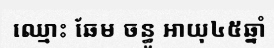
ឈ្មោះ ឆែម ចន្ធូ អាយុ៤៥ឆ្នាំ